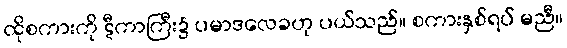
ထိုစကားကို ဋီကာကြီး၌ ပမာဒလေခဟု ပယ်သည်။ စကားနှစ်ရပ် မညီ။